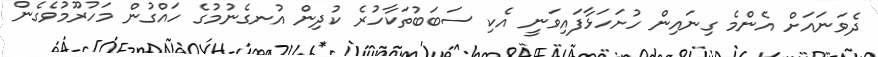
ދެވަނައަށް އެންމެ ގިނައިން ހުށަހަޅާފައިވަނީ އެކި ސަބަބުތަކާހުރެ ކުދިން އުނގެނުމުގެ ހައްގުން މަހުރޫމުވެގެން